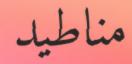
مناطيد